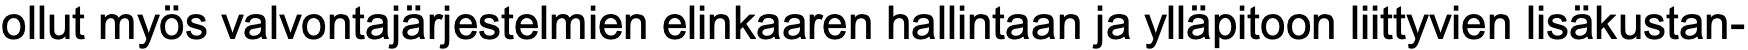
ollut myös valvontajärjestelmien elinkaaren hallintaan ja ylläpitoon liittyvien lisäkustan-